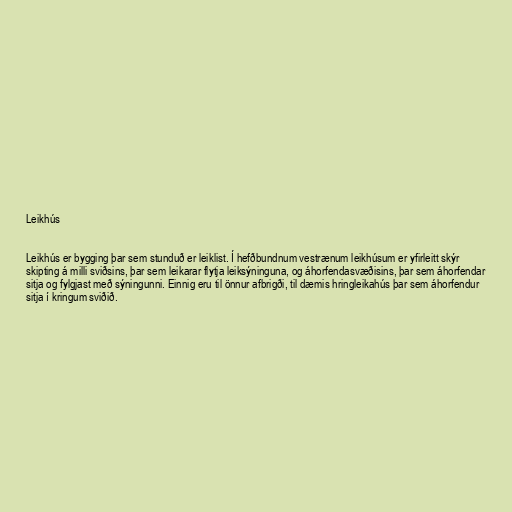
Leikhús

Leikhús er bygging þar sem stunduð er leiklist. Í hefðbundnum vestrænum leikhúsum er yfirleitt skýr
skipting á milli sviðsins, þar sem leikarar flytja leiksýninguna, og áhorfendasvæðisins, þar sem áhorfendar
sitja og fylgjast með sýningunni. Einnig eru til önnur afbrigði, til dæmis hringleikahús þar sem áhorfendur
sitja í kringum sviðið.